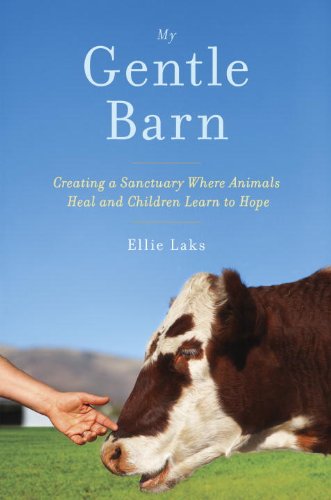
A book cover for My Gentle Barn: Creating a Sanctuary Where Animals Heal and Children Learn to Hope; Ellie Laks; Parenting & Relationships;